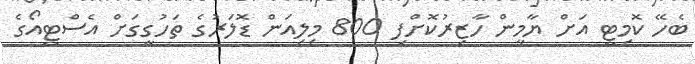
ބެހޭ ކޮމިޓީ އަށް ޔާމީން ހާޒިރުކޮށްފި 800 މިލިއަން ޑޮލަރުގެ ތަހުގީގަށް އެސްޓީއޯގެ